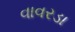
વાવરડા